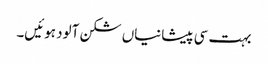
بہت سی پیشانیاں شکن آلود ہوئیں۔